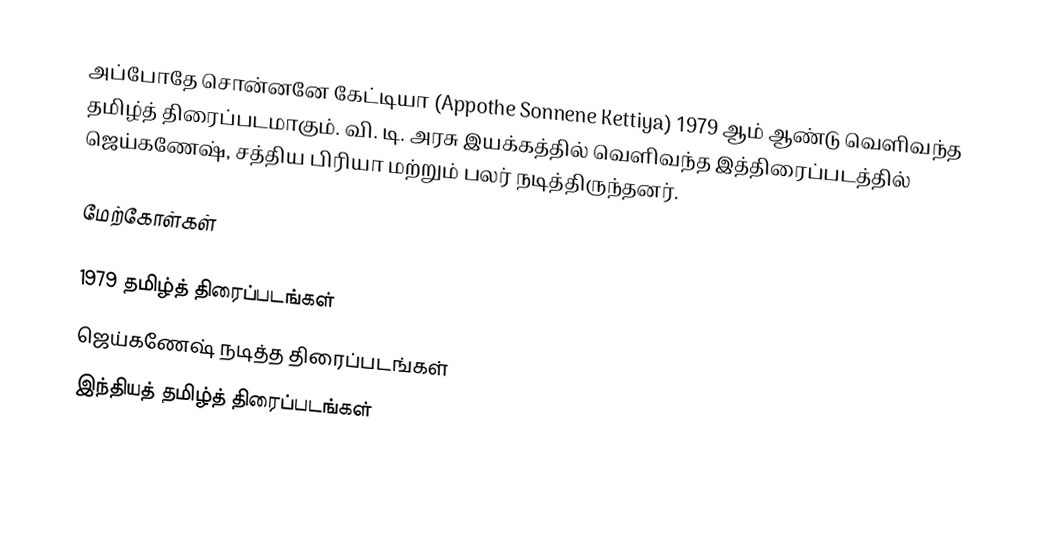
அப்போதே சொன்னனே கேட்டியா (Appothe Sonnene Kettiya) 1979 ஆம் ஆண்டு வெளிவந்த தமிழ்த் திரைப்படமாகும். வி. டி. அரசு இயக்கத்தில் வெளிவந்த இத்திரைப்படத்தில் ஜெய்கணேஷ், சத்திய பிரியா மற்றும் பலர் நடித்திருந்தனர்.

மேற்கோள்கள்

1979 தமிழ்த் திரைப்படங்கள்
ஜெய்கணேஷ் நடித்த திரைப்படங்கள்
இந்தியத் தமிழ்த் திரைப்படங்கள்